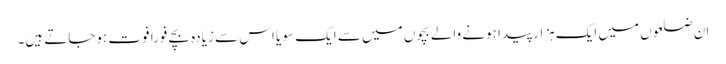
ان ضلعوں میں ایک ہزار پیدا ہونے والے بچوں میں سے ایک سو یا اس سے زیادہ بچے فورا فوت ہوجاتے ہیں۔